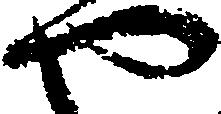
や